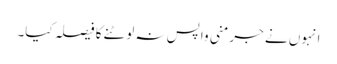
انہوں نے جرمنی واپس نہ لوٹنے کا فیصلہ کیا۔